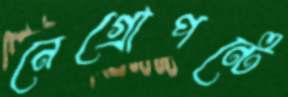
নেগ্রোপন্টে